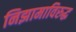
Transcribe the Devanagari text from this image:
निझामाविरुद्ध